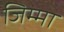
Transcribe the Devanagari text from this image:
जिम्‍मा